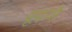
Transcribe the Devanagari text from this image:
ढूंढ़यौ